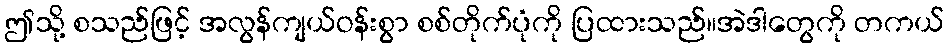
ဤသို့ စသည်ဖြင့် အလွန်ကျယ်ဝန်းစွာ စစ်တိုက်ပုံကို ပြထားသည်။အဲဒါတွေကို တကယ်